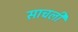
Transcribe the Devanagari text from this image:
साचली